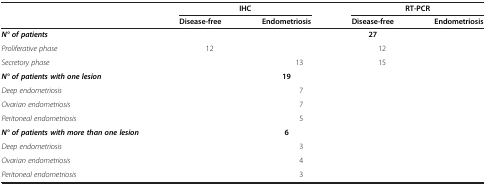
<table><thead><tr><td>[EMPTY_CELL]</td><td colspan="2"><b>IHC</b></td><td colspan="2"><b>RT-PCR</b></td></tr><tr><td>[EMPTY_CELL]</td><td><b>Disease-free</b></td><td><b>Endometriosis</b></td><td><b>Disease-free</b></td><td><b>Endometriosis</b></td></tr></thead><tbody><tr><td><b><i>N° of patients</i></b></td><td>[EMPTY_CELL]</td><td>[EMPTY_CELL]</td><td><b>27</b></td><td>[EMPTY_CELL]</td></tr><tr><td><i>Proliferative phase</i></td><td>12</td><td>[EMPTY_CELL]</td><td>12</td><td>[EMPTY_CELL]</td></tr><tr><td><i>Secretory phase</i></td><td>[EMPTY_CELL]</td><td>13</td><td>15</td><td>[EMPTY_CELL]</td></tr><tr><td><b><i>N° of patients with one lesion</i></b></td><td>[EMPTY_CELL]</td><td><b>19</b></td><td>[EMPTY_CELL]</td><td>[EMPTY_CELL]</td></tr><tr><td><i>Deep endometriosis</i></td><td>[EMPTY_CELL]</td><td>7</td><td>[EMPTY_CELL]</td><td>[EMPTY_CELL]</td></tr><tr><td><i>Ovarian endometriosis</i></td><td>[EMPTY_CELL]</td><td>7</td><td>[EMPTY_CELL]</td><td>[EMPTY_CELL]</td></tr><tr><td><i>Peritoneal endometriosis</i></td><td>[EMPTY_CELL]</td><td>5</td><td>[EMPTY_CELL]</td><td>[EMPTY_CELL]</td></tr><tr><td><b><i>N° of patients with more than one lesion</i></b></td><td>[EMPTY_CELL]</td><td><b>6</b></td><td>[EMPTY_CELL]</td><td>[EMPTY_CELL]</td></tr><tr><td><i>Deep endometriosis</i></td><td>[EMPTY_CELL]</td><td>3</td><td>[EMPTY_CELL]</td><td>[EMPTY_CELL]</td></tr><tr><td><i>Ovarian endometriosis</i></td><td>[EMPTY_CELL]</td><td>4</td><td>[EMPTY_CELL]</td><td>[EMPTY_CELL]</td></tr><tr><td><i>Peritoneal endometriosis</i></td><td>[EMPTY_CELL]</td><td>3</td><td>[EMPTY_CELL]</td><td>[EMPTY_CELL]</td></tr></tbody></table>